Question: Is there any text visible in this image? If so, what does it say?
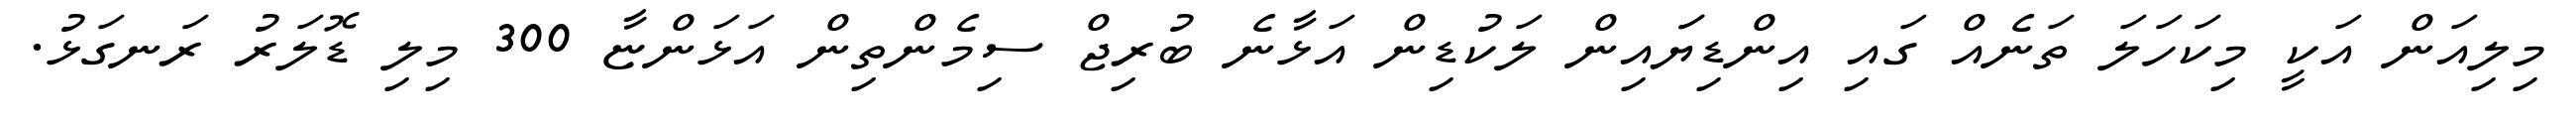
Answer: މިލިއަން އަކީ މިކަހަލަ ތަނެއް ގައި އިންޑިޔަައިން ލަކުޑިން އަޅާނެ ބުރިޖް ސިމެންތިން އަޅަންޏާ 300 މިލި ޑޮލަރު ރަނގަޅު.